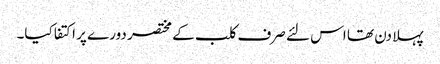
پہلا دن تھا اس لئے صرف کلب کے مختصر دورے پر اکتفا کیا۔